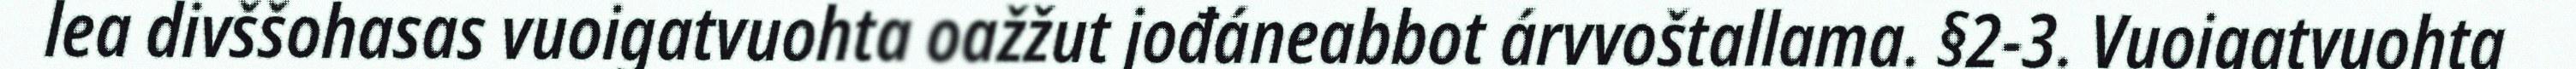
lea divššohasas vuoigatvuohta oažžut jođáneabbot árvvoštallama. §2-3. Vuoigatvuohta